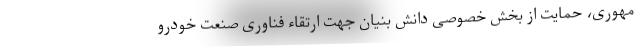
مهوری، حمایت از بخش خصوصی دانش بنیان جهت ارتقاء فناوری صنعت خودرو